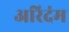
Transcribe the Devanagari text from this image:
अरिदंम